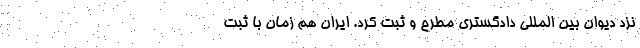
نزد دیوان بین المللی دادگستری مطرح و ثبت کرد. ایران هم زمان با ثبت